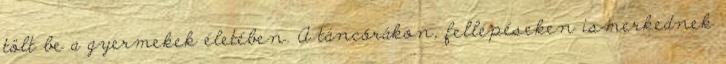
tölt be a gyermekek életében. A táncórákon, fellépéseken ismerkednek